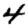
Digit: 4